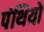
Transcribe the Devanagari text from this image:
पंथियो